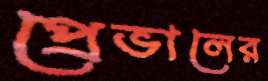
প্রেভালের